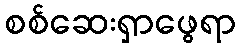
စစ်ဆေးရှာဖွေရာ